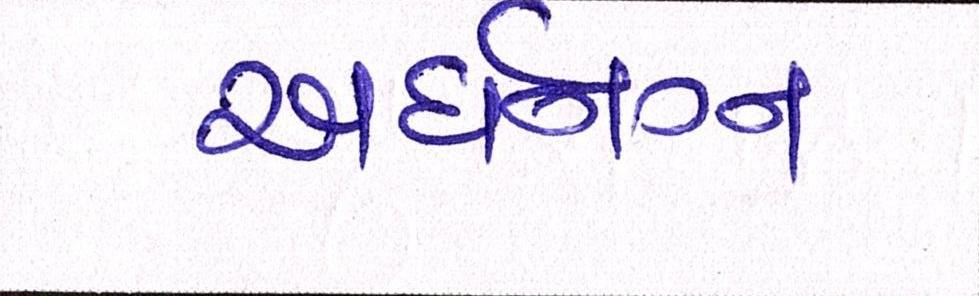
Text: અર્ધનગ્ન